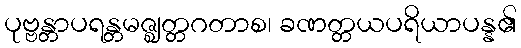
ပုဗ္ဗန္တာပရန္တမဇ္ဈတ္တဂတာစ၊ ခဏတ္တယပရိယာပန္န၏